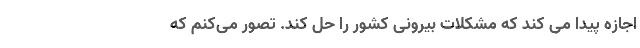
اجازه پیدا می کند که مشکلات بیرونی کشور را حل کند. تصور می‌کنم که